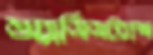
অ্যাসিসট্যান্স